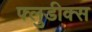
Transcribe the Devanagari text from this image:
फ्लुडीक्स